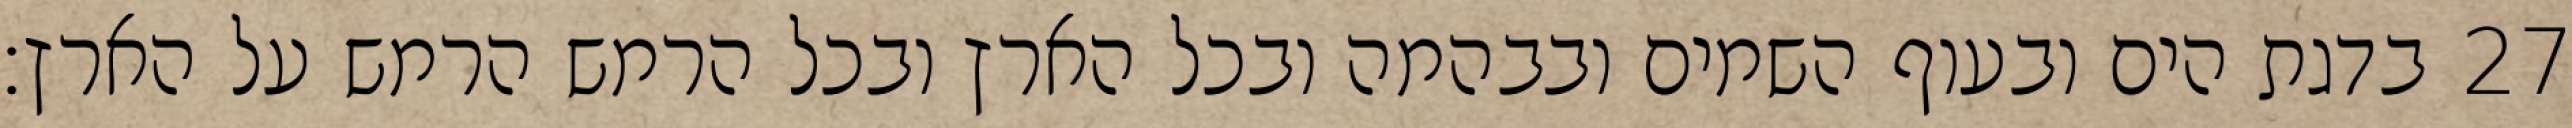
בדגת הים ובעוף השמים ובבהמה ובכל הארץ ובכל הרמש הרמש על הארץ׃ ‎27‏